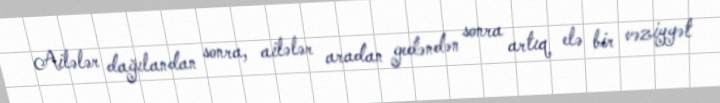
Ailələr dağılandan sonra, ailələr aradan gedəndən sonra artıq elə bir vəziyyət